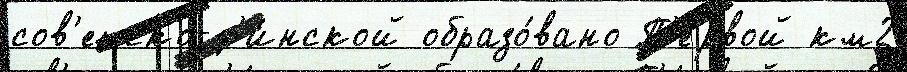
сов'етско-ф'и́нской образо́вано П'е́рвой км2